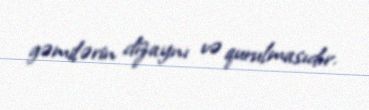
gəmilərin dizaynı və qurulmasıdır.